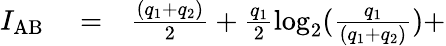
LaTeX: \begin{array}{rlr}{I_{\mathrm{AB}}}&{{}=}&{\frac{(q_{1}+q_{2})}{2}+\frac{q_{1}}{2}\log_{2}(\frac{q_{1}}{(q_{1}+q_{2})})+}\end{array}